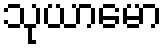
သုယာမော